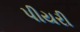
પીયરી